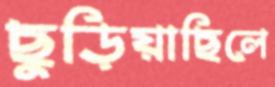
ছুড়িয়াছিলে